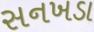
સનખડા